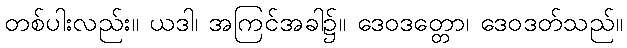
တစ်ပါးလည်း။ ယဒါ၊ အကြင်အခါ၌။ ဒေဝဒတ္တော၊ ဒေဝဒတ်သည်။